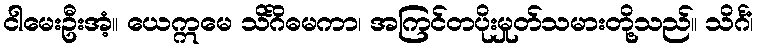
ငါမေးဦးအံ့။ ယေဣမေ သိင်္ဂိဓမကာ၊ အကြင်တပိုးမှုတ်သမားတို့သည်။ သိင်္ဂံ၊